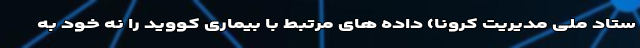
ستاد ملی مدیریت کرونا) داده های مرتبط با بیماری کووید را نه خود به